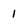
Character: 1